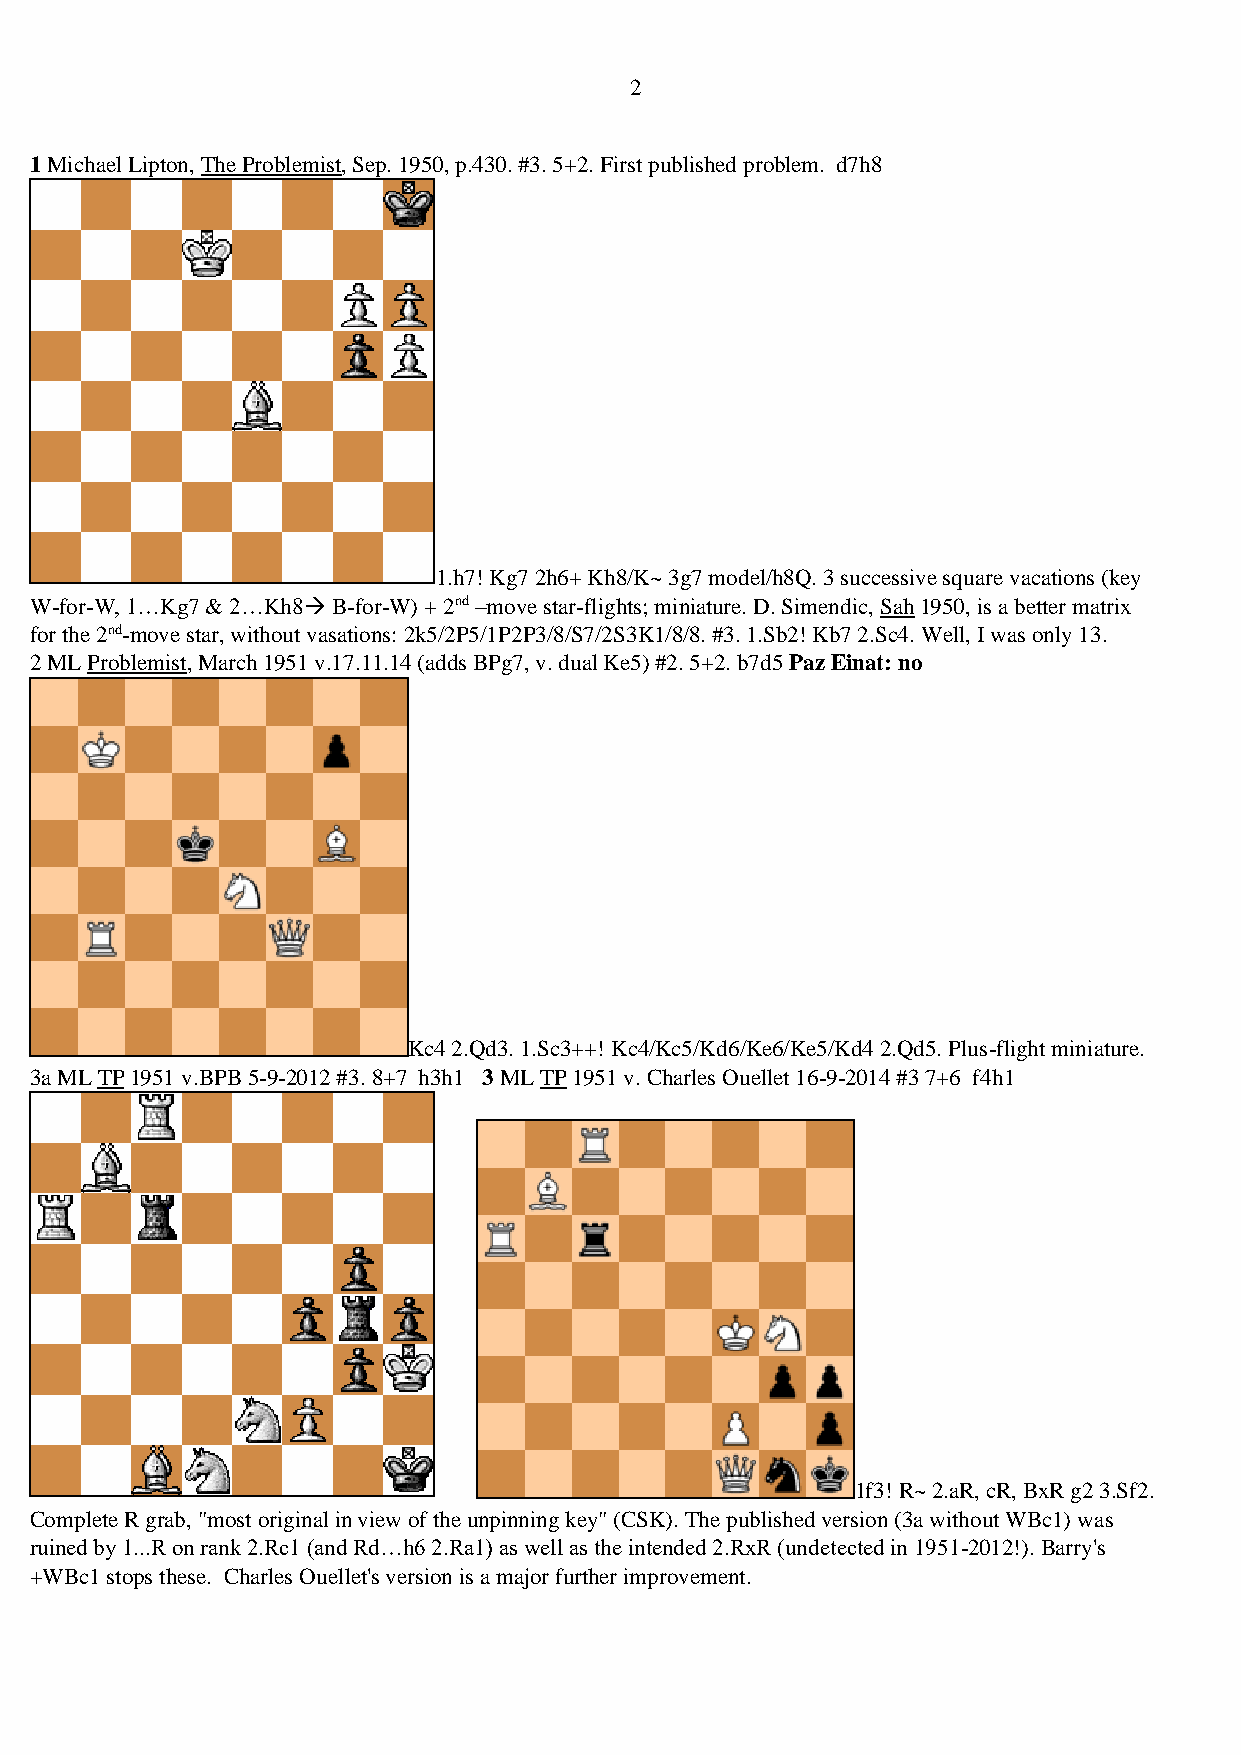
2
 1 Michael Lipton, The Problemist, Sep. 1950, p.430. #3. 5+2. First published problem. d7h8
 1.h7! Kg7 2h6+ Kh8/K~ 3g7 model/h8Q. 3 successive square vacations (key
 W-for-W, 1…Kg7 & 2…Kh8→ B-for-W) + 2nd –move star-flights; miniature. D. Simendic, Sah 1950, is a better matrix
 for the 2nd-move star, without vasations: 2k5/2P5/1P2P3/8/S7/2S3K1/8/8. #3. 1.Sb2! Kb7 2.Sc4. Well, I was only 13.
 2 ML Problemist, March 1951 v.17.11.14 (adds BPg7, v. dual Ke5) #2. 5+2. b7d5 Paz Einat: no
 Kc4 2.Qd3. 1.Sc3++! Kc4/Kc5/Kd6/Ke6/Ke5/Kd4 2.Qd5. Plus-flight miniature.
 3a ML TP 1951 v.BPB 5-9-2012 #3. 8+7 h3h1 3 ML TP 1951 v. Charles Ouellet 16-9-2014 #3 7+6 f4h1
 1f3! R~ 2.aR, cR, BxR g2 3.Sf2.
 Complete R grab, "most original in view of the unpinning key" (CSK). The published version (3a without WBc1) was
 ruined by 1...R on rank 2.Rc1 (and Rd…h6 2.Ra1) as well as the intended 2.RxR (undetected in 1951-2012!). Barry's
 +WBc1 stops these. Charles Ouellet's version is a major further improvement.